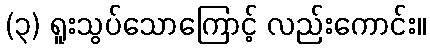
(၃) ရူးသွပ်သောကြောင့် လည်းကောင်း။